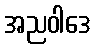
အညဝါဒေ